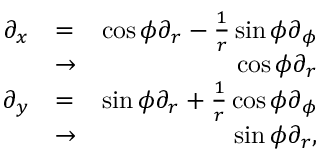
\begin{array} { r l r } { \partial _ { x } } & { = } & { \cos \phi \partial _ { r } - \frac { 1 } { r } \sin \phi \partial _ { \phi } } \\ & { \rightarrow } & { \cos \phi \partial _ { r } } \\ { \partial _ { y } } & { = } & { \sin \phi \partial _ { r } + \frac { 1 } { r } \cos \phi \partial _ { \phi } } \\ & { \rightarrow } & { \sin \phi \partial _ { r } , } \end{array}